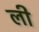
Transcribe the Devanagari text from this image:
ली